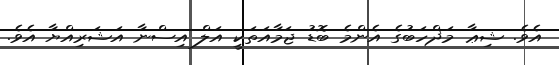
އެވެ. ޝިޢާ މަޛްހަބުގެ އެންމެ ބޮޑު ޖަމާއަތަކީ އަލް އިސްނާ އަޝަރިއްޔާ އެވެ.